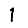
Digit: 1